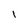
Character: l